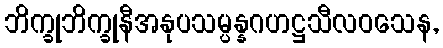
ဘိက္ခုဘိက္ခုနီအနုပသမ္ပန္နဂဟဋ္ဌသီလဝသေန,